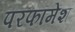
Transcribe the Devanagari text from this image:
परफॉमेंश